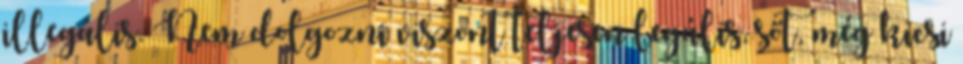
illegális. Nem dolgozni viszont teljesen legális, sőt, még kicsi